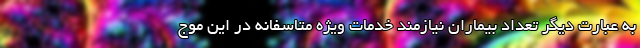
به عبارت دیگر تعداد بیماران نیازمند خدمات ویژه متاسفانه در این موج